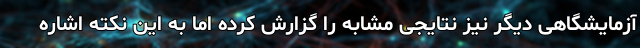
آزمایشگاهی دیگر نیز نتایجی مشابه را گزارش کرده اما به این نکته اشاره